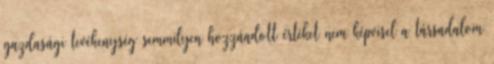
gazdasági tevékenység semmilyen hozzáadott értéket nem képvisel a társadalom